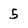
Character: 5